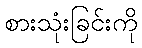
စားသုံးခြင်းကို